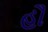
હૌ